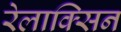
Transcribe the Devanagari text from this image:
रेलाक्सिन